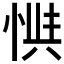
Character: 𱞟